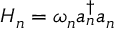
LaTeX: H _ { n } = \omega _ { n } a _ { n } ^ { \dagger } a _ { n }